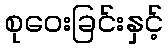
စုဝေးခြင်းနှင့်